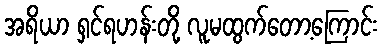
အရိယာ ရှင်ရဟန်းတို့ လူမထွက်တော့ကြောင်း